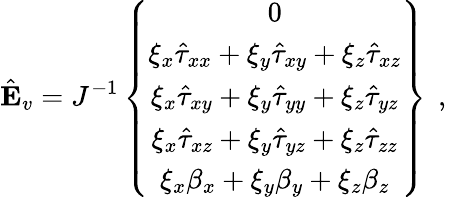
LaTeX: \hat{\mathbf{E}}_{v}=J^{-1}\left\{ \begin{array}{c}{0}\\ {\xi_{x}\hat{\tau}_{xx}+\xi_{y}\hat{\tau}_{xy}+\xi_{z}\hat{\tau}_{xz}}\\ {\xi_{x}\hat{\tau}_{xy}+\xi_{y}\hat{\tau}_{yy}+\xi_{z}\hat{\tau}_{yz}}\\ {\xi_{x}\hat{\tau}_{xz}+\xi_{y}\hat{\tau}_{yz}+\xi_{z}\hat{\tau}_{zz}}\\ {\xi_{x}{\beta}_{x}+\xi_{y}{\beta}_{y}+\xi_{z}{\beta}_{z}}\end{array}\right\} \, \mathrm{~,~}